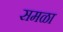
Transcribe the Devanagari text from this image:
समळा